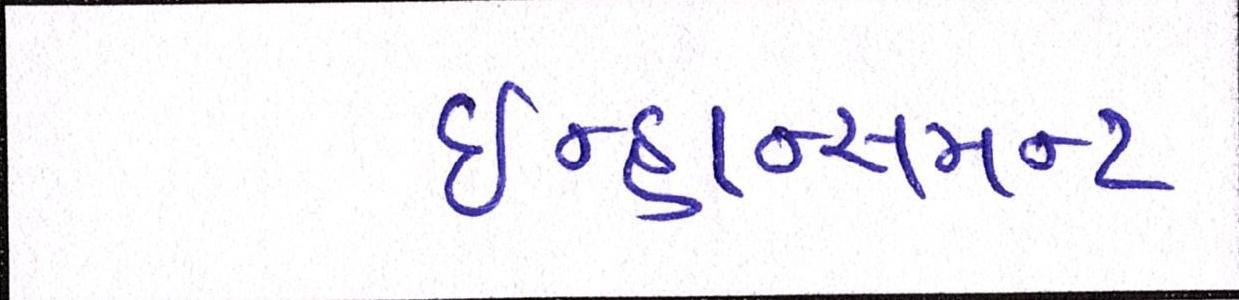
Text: ઇન્હાન્સમન્ટ